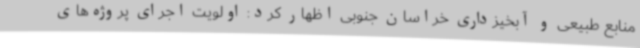
منابع طبیعی و آبخیزداری خراسان جنوبی اظهار کرد: اولویت اجرای پروژه‌های